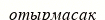
отырмасақ